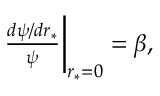
\begin{array} { r } { \frac { d \psi / d r _ { * } } { \psi } \bigg | _ { r _ { * } = 0 } = \beta , } \end{array}